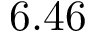
6 . 4 6